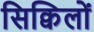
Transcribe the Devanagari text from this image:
सिक्विलों